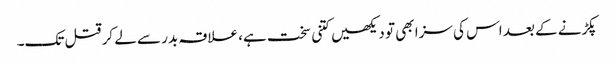
پکڑنے کے بعد اس کی سزا بھی تو دیکھیں کتنی سخت ہے، علاقہ بدر سے لے کر قتل تک۔